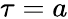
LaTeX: \tau=a